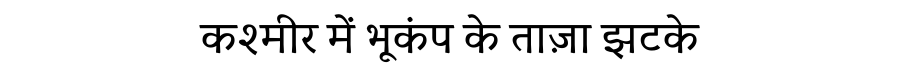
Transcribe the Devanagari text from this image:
कश्मीर में भूकंप के ताज़ा झटके